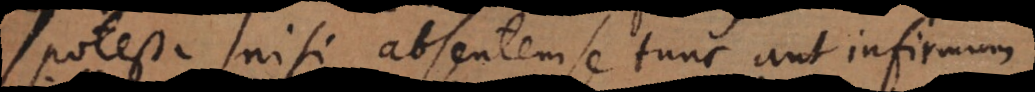
potestate, nisi absentem se tunc aut infirmum